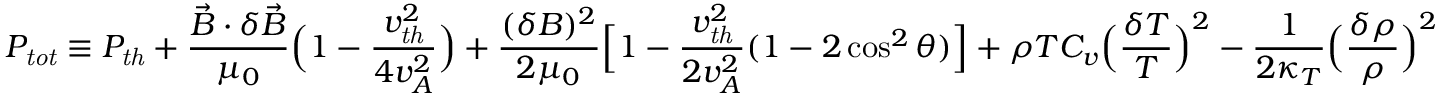
P _ { \mathit { t o t } } \equiv P _ { \mathit { t h } } + \frac { \vec { B } \cdot \delta \vec { B } } { \mu _ { 0 } } \Big ( 1 - \frac { v _ { \mathit { t h } } ^ { 2 } } { 4 v _ { A } ^ { 2 } } \Big ) + \frac { ( \delta B ) ^ { 2 } } { 2 \mu _ { 0 } } \Big [ 1 - \frac { v _ { \mathit { t h } } ^ { 2 } } { 2 v _ { A } ^ { 2 } } ( 1 - 2 \cos ^ { 2 } \theta ) \Big ] + \rho T C _ { v } \Big ( \frac { \delta T } { T } \Big ) ^ { 2 } - \frac { 1 } { 2 \kappa _ { T } } \Big ( \frac { \delta \rho } { \rho } \Big ) ^ { 2 }